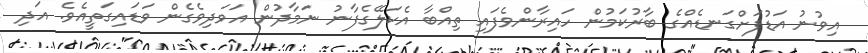
އިވުނު އަޑުފަށްގަނޑެއްގެ ބާރުކަމުން ހައިރާންވެފައި ތިއްބާ އެކަލޭގެފާނު ނަމާދުން އަވަދިވެގެން ވަޑައިގަތީއެވެ. އަދި